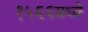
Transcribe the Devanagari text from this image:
१५६६मध्ये